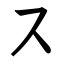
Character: ス